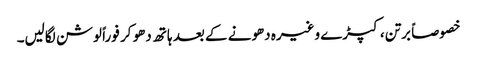
خصوصاً برتن، کپڑے وغیرہ دھونے کے بعد ہاتھ دھو کر فوراً لوشن لگالیں۔